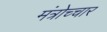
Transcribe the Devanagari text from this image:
मंत्रोच्‍चार